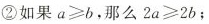
②如果$$a ≥ b$$，那么$$2 a ≥ 2 b$$；